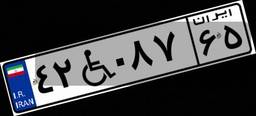
۴۲W۰۸۷۶۵